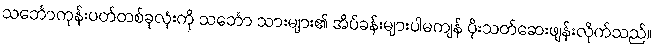
သင်္ဘောကုန်းပတ်တစ်ခုလုံးကို သင်္ဘော သားများ၏ အိပ်ခန်းများပါမကျန် ပိုးသတ်ဆေးဖျန်းလိုက်သည်။